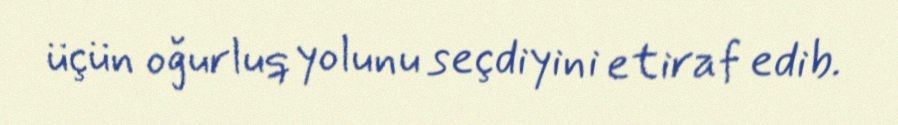
üçün oğurluq yolunu seçdiyini etiraf edib.